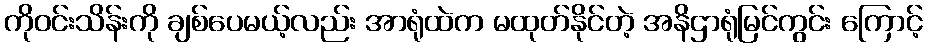
ကိုဝင်းသိန်းကို ချစ်ပေမယ့်လည်း အာရုံထဲက မထုတ်နိုင်တဲ့ အနိဌာရုံမြင်ကွင်း ကြောင့်